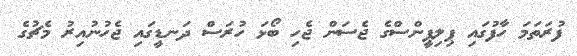
ފުރަތަމަ ހާފުގައި ޕިލިޕީންސްގެ ޖެސަން ޖެހި ބޯޅަ ހުރަސް ދަނޑީގައި ޖެހުނުއިރު މެޗުގެ